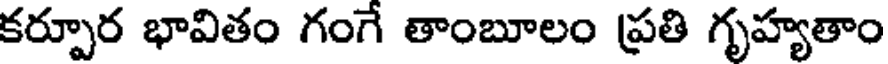
కర్పూర భావితం గంగే తాంబూలం ప్రతి గృహ్యతాం